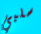
سلبي